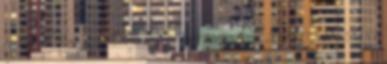
forrásról van szó. Érdemes lenne más ter. 2018.02.11. 17:00